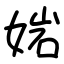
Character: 㛧